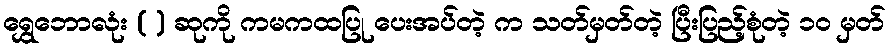
ရွှေဘောလုံး ( ) ဆုကို ကမကထပြု ပေးအပ်တဲ့ က သတ်မှတ်တဲ့ ပြီးပြည့်စုံတဲ့ ၁၀ မှတ်